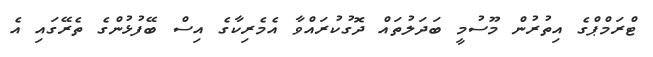
ޓްރަމްޕްގެ އިތުރުން މޫސުމީ ބަދަލުތައް ދޮގުކުރައްވާ އެމެރިކާގެ އިސް ބޭފުޅުންގެ ތެރޭގައި އެ